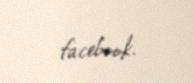
facebook.